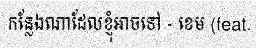
កន្លែងណាដែលខ្ញុំអាចទៅ - ខេម (feat.